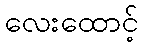
လေးထောင့်